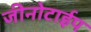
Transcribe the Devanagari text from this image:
जीनोटाईप